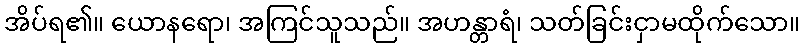
အိပ်ရ၏။ ယောနရော၊ အကြင်သူသည်။ အဟန္တာရံ၊ သတ်ခြင်းငှာမထိုက်သော။